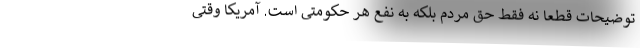
توضیحات قطعا نه فقط حق مردم بلکه به نفع هر حکومتی است. آمریکا وقتی